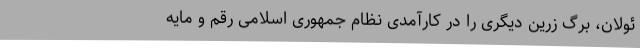
ئولان، برگ زرین دیگری را در کارآمدی نظام جمهوری اسلامی رقم و مایه